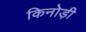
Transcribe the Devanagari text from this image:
किनोड़ी